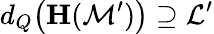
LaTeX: d_{Q}\big(\textbf{H}(\mathcal{M}^{\prime})\big)\supseteq\mathcal{L}^{\prime}